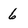
Character: 6